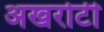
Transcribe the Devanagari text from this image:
अखरोटी